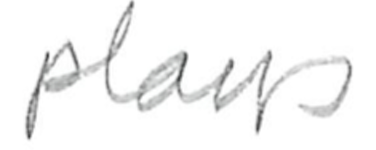
Text: plays
Cross-out: clean
Writing tool: pencil